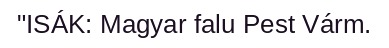
"ISÁK: Magyar falu Pest Várm.